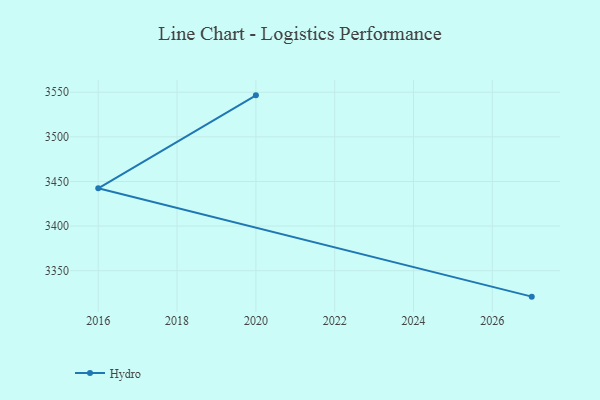
{"axis": {"x": "Year", "y": "Active Users"}, "legend": ["Hydro"], "data": [{"x": "2020", "y": 3546.5, "type": "Hydro"}, {"x": "2016", "y": 3442.3, "type": "Hydro"}, {"x": "2027", "y": 3320.9, "type": "Hydro"}]}